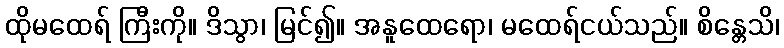
ထိုမထေရ် ကြီးကို။ ဒိသွာ၊ မြင်၍။ အနူထေရော၊ မထေရ်ငယ်သည်။ စိန္တေသိ၊